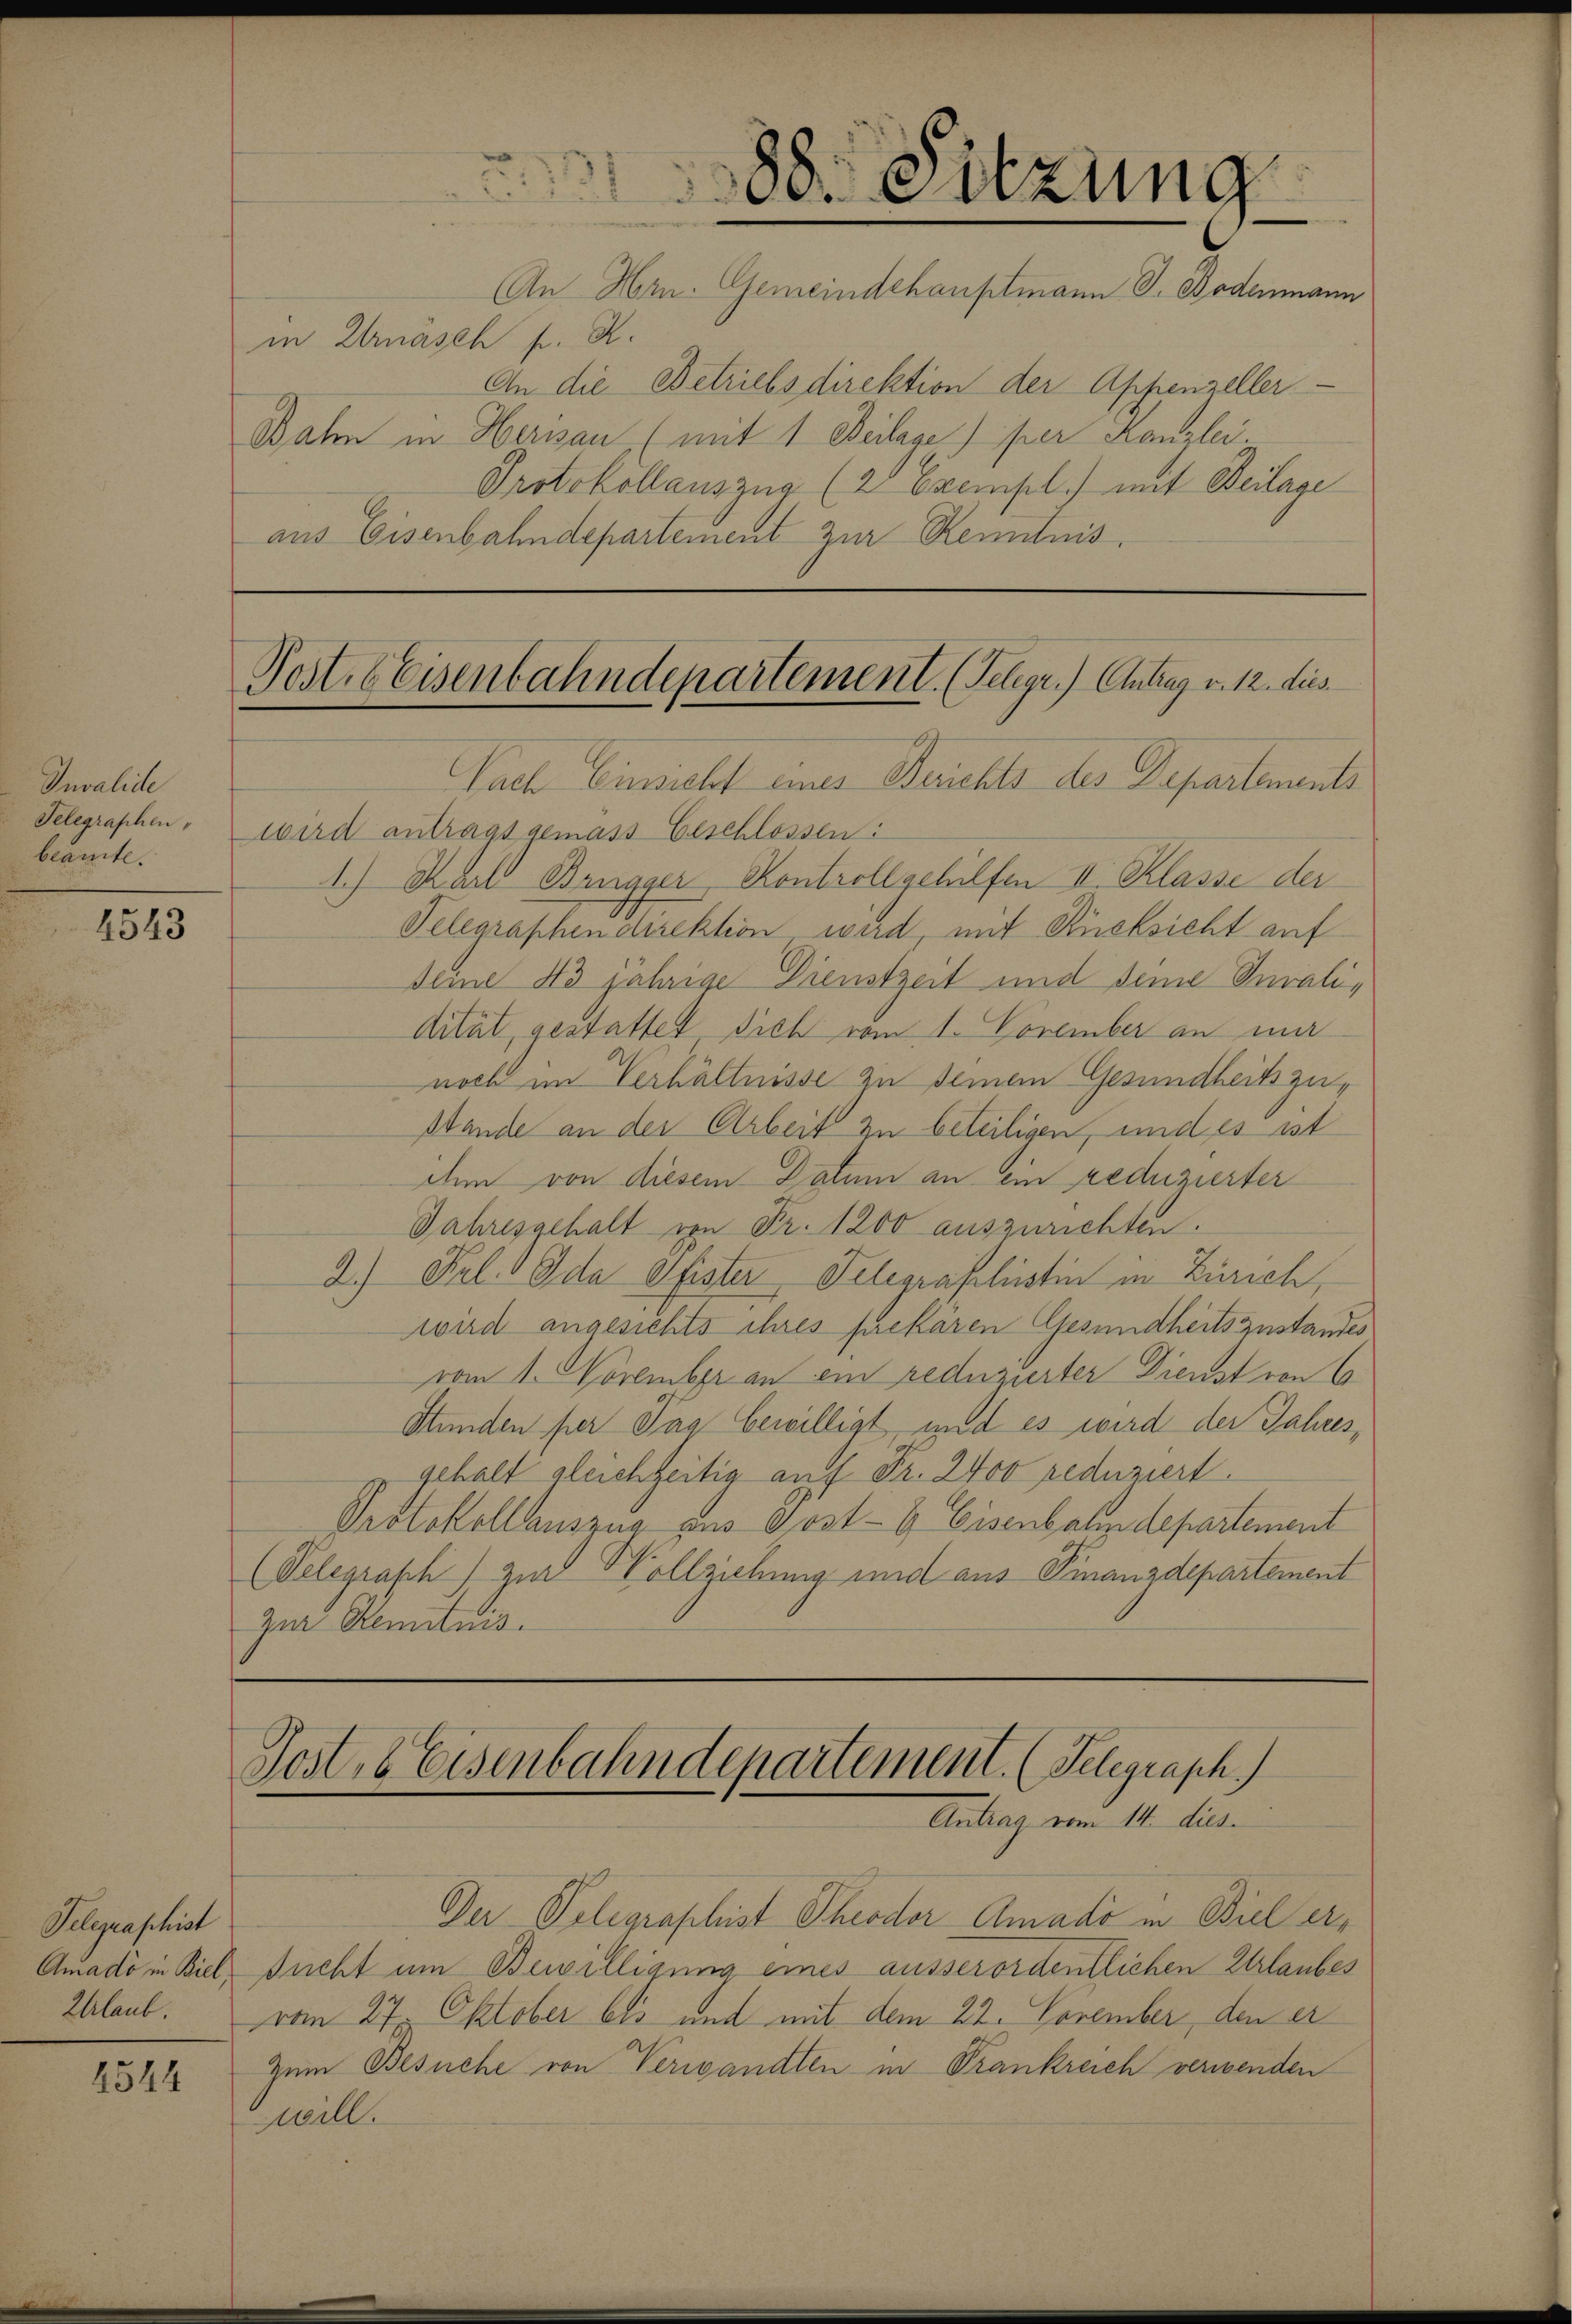
Invalide
Telegraphen,
beamte.

4543

Telegraphist
Amado in Biel,

2544

in Ernäsch f. R.
An die Betriebsdirektion der Appenzeller
Bahn in Herisau, (mit 1 Beilage) per Kanzlei.
Protokollauszug (2 Exempl.) mit Beilage
aus Eisenbahndepartement zur Kenntnis.

Sach Einsicht eines Berichts des Departements
wird antrags gemäss Geschlossen:
1.) Karl Brugger Kontroll gehilfen III. Klasse der
Telegraphen direktion, wird, mit Rücksicht auf
Deine No jährige Dienstzeit und seine Invalidität, gestattet sich vom 1. November an mi
noch im Verhältnisse zu seinem Gesundheitszu¬
Stande an der Arbeit zu beteiligen, und es ist
den von diesem Datum an ein reduzierter
Jahresgehalt von Fr. 1200 auszurichten.
2.) Frl. 1 Oda Pfister Telegraflistin in Zürich,
wird angesichts ihres prekären Gesundheits zustandes
vom 1. November an ein reduzierter Dienst von 6
Stunden per Tag bewilligt, und es wird der Jahres,
gehalt gleichzeitig auf Fr. 2400 reduziert.
Protokollsauszug aus Gost- & Eisenbahndepartement
(Velegraph) zur Hollziehung und aus Finanzdepartement
zur Kenntnis.

88. Sitzung
An Hrn. Gemeindehauptmann J. Bodenmann

Post beisenbahndepartement. (Telegr.) Antrag v. 12. dies

Der Telegraphist Theodor Amado in Biel ersucht um Bewilligung eines ausserordentlichen Erlaubes
Glaub. vom 27. Oktober bis und mit dem 22. November, den er
Zum Besuche von Verwandten in Trankreich verwenden
will.

Post, 6 Eisenbahndepartement. (Telegraph.)
Antrag vom 14. dies